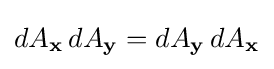
dA_{\mathbf {x} }\,dA_{\mathbf {y} }=dA_{\mathbf {y} }\,dA_{\mathbf {x} }